Leaving Certificate Examination (including Day School Certificate (Higher) General paper), 1930
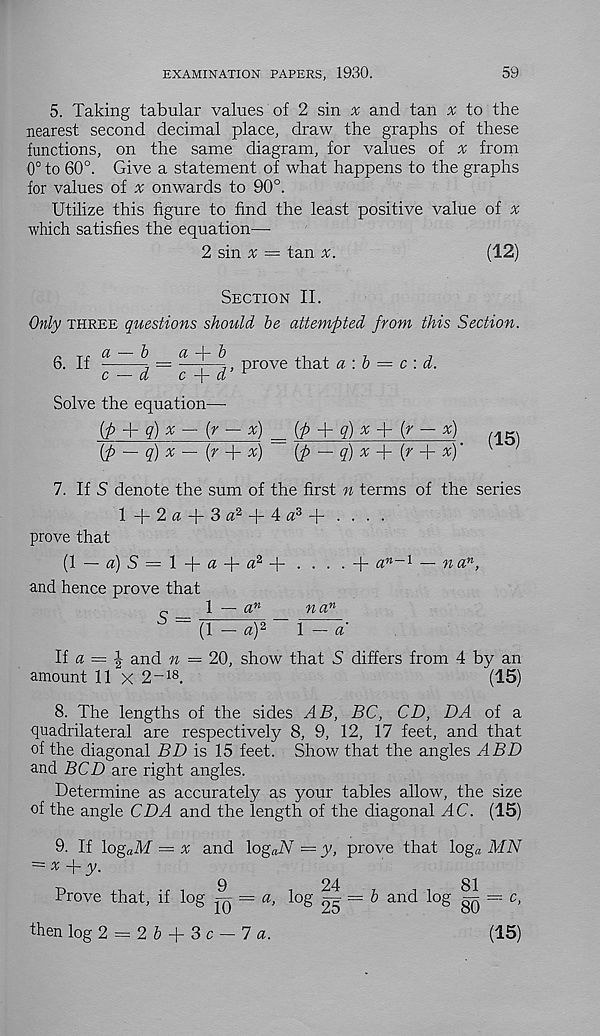
EXAMINATION PAPERS, 1930.
59
5. Taking tabular values of 2 sin a; and tan % to the
nearest second decimal place, draw the graphs of these
functions, on the same diagram, for values of % from
0° to 60°. Give a statement of what happens to the graphs
for values of a; onwards to 90°.
Utilize this figure to find the least positive value of %
which satisfies the equation—
2 sin a; = tan
(12)
Section II.
Only three questions should be attempted from this Section.
n r , a — b
a
b
,
6. If
j =
,, prove that a : b = c : d.
C
CL
0 j ct
Solve the equation—
[p + q)% — (r — x) = {p + q)x + {r — x)
[p ~ q) x — (r -\- x)
(p — q) x + (r + x)'
(15)
7. If S denote the sum of the first n terms of the series
l+2a + 3<z 2 + 4« 3 + . . . .
prove that
(1— a)S=l + « + a 2 + . . . . + a n~l — na n ,
and hence prove that
c
\ — a n
na n
^ ~ (1 - a) 2 ~ r^~a
If « = i and n = 20, show that S differs from 4 by an
amount 11 x 2- 18 .
(15)
8. The lengths of the sides AB, BC, CD, DA of a
quadrilateral are respectively 8, 9, 12, 17 feet, and that
of the diagonal BD is 15 feet. Show that the angles ABD
and BCD are right angles.
Determine as accurately as your tables allow, the size
°f the angle CDA and the length of the diagonal AC. (15)
9. If logaM = x and Icg^iY — y, prove that logo. MN
= x +y.
9
24
81
Prove that, if log jq = a » l°g
^ anC^
80 ^ C ’
then log 2 = 2 6 + 3 c - 7 a.
(15)